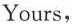
Yours,